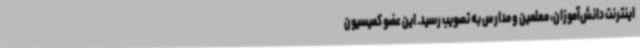
اینترنت دانش‌آموزان، معلمین و مدارس به تصویب رسید. این عضو کمیسیون